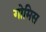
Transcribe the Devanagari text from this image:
गोमिस